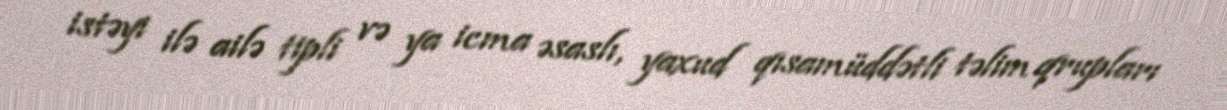
istəyi ilə ailə tipli və ya icma əsaslı, yaxud qısamüddətli təlim qrupları